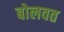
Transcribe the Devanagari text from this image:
बोलवत